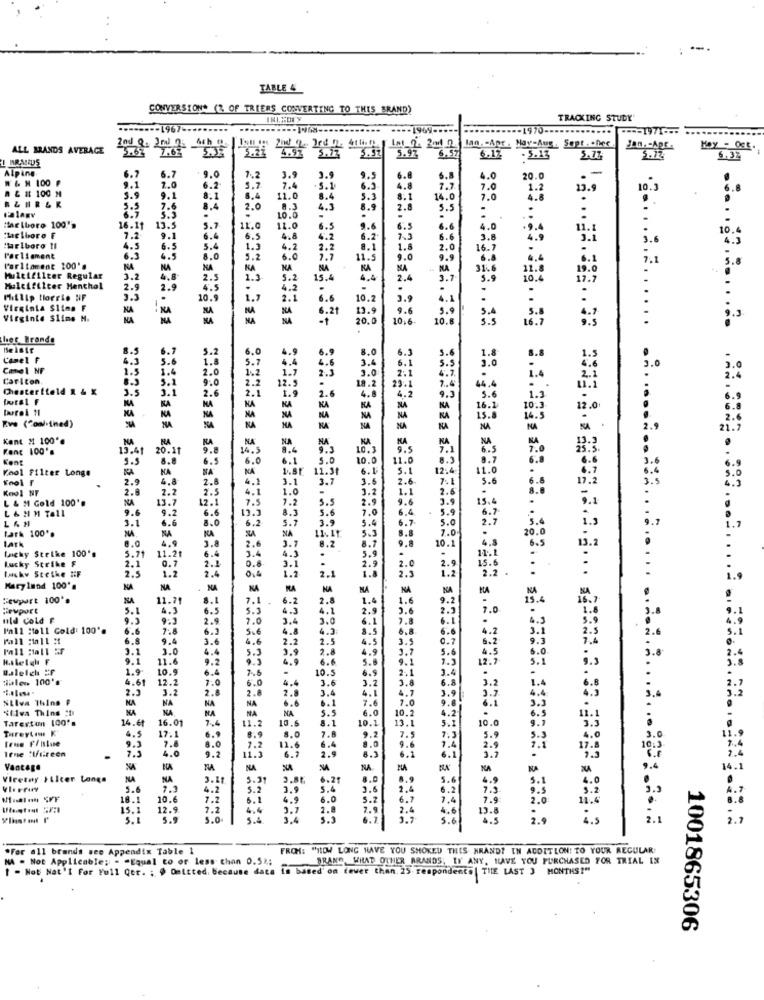
--.
TABLE 4
CONVERSION* (% OF TRIERS CONVERTING TO THIS BRAND)
TRACKING STUDY
--- 1967
-1969-
--- 1970-
ALL BRANDS AVERAGE
1.6%
3.21 4.91 5.13
IM_2. 20 0 lan .- Apr . Nav-Aug. Sept .. nec
5.97
6.12
Jan .- Apr.
Hoy - Oct.
5,57
- 5.13
5.77
5.12
5.32
Alping
9.0
-
W & H 100 ₽
6.7
6.7
7.2
3.9
3.9
9,9
6.6
6.
4.0
20.0
n & # 100 M
9.1
7.0
6.2
3.7
7.4
5.1
6.3
4.8
7.0
1.2
13.9
10.5
3.9
9.1
8.1
8.4
11.0
8.4
5.3
8.1
14.0
7.0
4.8
.
7.6
8.4
2.0
8.3
4.3
8.9
2.8
5.5
.
10.0
"laelboro F
"ac (boro 100's
16.11
13.5
5.7
11.0
11.0
6.5
9.6
6.
6.6
4.0
11.
7.2
9.1
6.6
6.
4.8
4.2
6.2
7.3
6.6
3.8
3.1
10.
"urlboro !!
4.5
6.5
5.4
1.3
4.2
2.2
8.1
1.5
2.0
16.7
3.6
Parliament
6.5
6.5
8.0
5.2
6.0
7.7
11.5
9.0
9.9
6.
6 .1
Parliament 100's
NA
KA
KA
MA
NA
KA
MA
NA
31.6
11.0
Muuleifilter Regular
3.2
4.8-
2.5
1.3
5.2
15.4
4.4
2.4
3.7
5.9
10.
Muleifilter Menthol
2.9
2.9
4.2
.
-
:
Phillip torrio NF
.
10.9
i.
6.6
10.2
3.9
4.1
Virginia Slims F
NA
6.21
19.9
9.6
5.9
Virginie Slims M.
22
20.0
10,6-
10.8
3.3
S.B
her Brands
6.7
6.9
6.3
5.
1.8
Camel F
3.
5.0
4.6
3.6
6.1
Conel NF
1.4
2.0
3. 7
2.3
3.0
2.1
5.5
4.7.
3.0
Carlton
9.0
12.5
.
18.2
23.1
44,4
Chesterfield R & X
3.5
3.1
3.1
2.6
2.2
1.9
2.6
4.8
1.4
NA
NA
2.1
4.2
9.3
S.
1.2
NA
KA
KA
KA
KA
KA
NA
16.1
10.
NA
NA
NA
15.
14.5
Eve (Conlined)
NA
NA
Kent # 100 **
NA
NA
NA
KA
KA
Kanc 100's
13.41
20.11
14.5
10.3
9.5
KA
7.1
6.5
Kont
8.8
6.0
5.0
10.0
11.
8.
8.7
Kool Filter Longe
KA
NA
NA
11.30
6.1
5.1
12:4
2.9
4.8
2.8
4.1
3.7
3.6
2.6
7.1
5.6
Kool NT
2.8
2.2
2.5
1.0
-
1.1
2.1
L & M Gold 100'.
NA
13.7
12.1
7.5
7.2
5.5
2.9
9.6
15.4
L & M M Tall
9.6
9.2
6.6
A.3
5.6
7.0
6.4
6.7
L & H
3.1
6.6
8.0
6.2
3.9
5.4
6.7
2.7
Lark 100 **
NA
NA
5.7
11.11
5.3
8.8
Lark
4.9
KA
3.8
%A
3.7
8.7
10.1
20.
Lucky Strike 100's
5.71
11.21
6.4
2.
3.4
8.2
5.9
11.
4.8
6 .5
Lucky Strike F
2.1
0.7
2.1
0.8
3.1
.
2.9
2.
15.6
lucky Stetke HF
2.5
1.2
2.4
0.4
1.2
2.1
2.0
2.3
1.2
1.8
..
Maryland 100's
NA
NA
NA
NA
NA
NA
NA
NA
NA
Fewpart 100'.
NA
11.71
8.1
7.1
6.2
2.8
1.4
1.6
9.2
5.1
4.3
6.5
5.3
4.3
4.1
2.9
2.6
2.9
7.0
uld cold f
9.3
9:3
2.9
7.0
3.4
3.0
6.1
7.8
6.1
.
Y'all ;toll Cold: 100".
6.6
6.2
5.6
4.8
4.3
3.5
6.8
6.6
4.2
3.1
6.8
9.4
3.6
4.6
2.2
2.5
4.5
3.5
0.7
9.3
Pall Mall 5F
3.1
3.0
4.4
3.9
2.8
4.9
3.7
5.6
6.0
Raleigh F
9.1
11.6
9.2
5.3
4.9
6.6
5.8
9.1
1.
12.7
5.1
Baletch #f
1.9
10.
6.4
7.6
10.5
6.9
2.1
3.4
:alen 100's
4.61
12.2
7.0
6.0
4.4
3.6
3.2
3.8
6.8
2.3
3.2
2.8
2.8
2.8
3.4
4.1
4.7
3.9
3.2
4.4
Silva Thins F
NA
NA
NA
NA
6.1
7.6
7.0
9.8
3. 7
Nflwa Thins :1
NA
NA
NA
NA
5.5
6.0
10.2
4.2
3.3
Tarexton 100's
14.6t
16.01
7.4
11.2
10.5
8.1
10.1
13.1
5.1
10.0
6.5
9.7
11.1
Tareyten K
6.9
8.0
7.8
7.5
7.3
3.5
Tene Fristuse
4.5
17.1
8.0
8.9
7.2
9.2
5.9
4.0
3.
Teme :Iftireen
9.3
7.3
7.8
4.0
9.2
11.3
11.6
6.4
2.9
5.0
8.3
9.6
6.1
7.4
2.9
10.5
6.7
6.1
3.3
Vantage
NA
NA
NA
NA
Vieetny / Licer Longa
NA
NA
5.31
6.21
8.0
8.9
5.6
5.1
4.0
5.6
7.1
4.2
5.2
0.9
5.4
3.6
2.4
6.2
9.5
3.2
18.1
10.6
7.2
6.1
4.9
6.0
5.2
6.7
7.4
7.9
2.0
15.1
12.9
7.2
4.4
2.8
7.9
2.4
4.6
13.8
5. 1
5.9
5.0
3.4
5.3
6.7
3.7
5.6
4.5
2.5
is
2.1
*For all brands see Appendix Table 1
FROM: "HOW LONG HAVE YOU SMOKED THIS HRAND? IN ADDITION! TO YOUR REGULAR;
MA - Not Applicable: - "Equal to or less than 0.52;
BRAND WHAT OTHER BRANDS, IN ANY, HAVE YOU PURCHASED FOR TRIAL IN
1 - Not Nat'l For Full Ger. ; @ Omitted, because data is based on fewer than. 25 respondents | THE LAST 3 MONTHS?"
1001865306